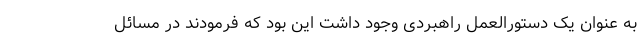
به عنوان یک دستورالعمل راهبردی وجود داشت این بود که فرمودند در مسائل